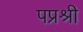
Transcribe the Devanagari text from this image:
पप्रश्री